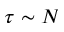
\tau \sim N